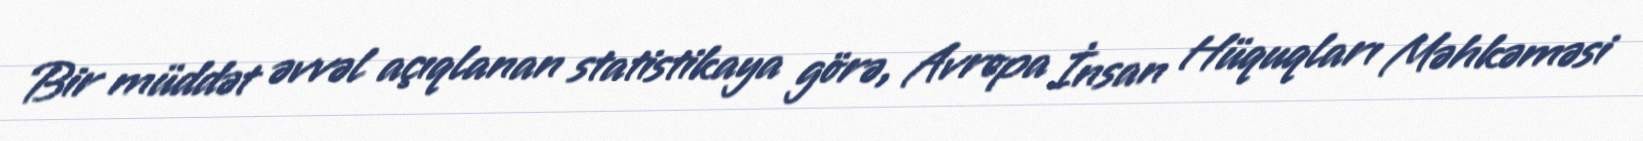
Bir müddət əvvəl açıqlanan statistikaya görə, Avropa İnsan Hüquqları Məhkəməsi